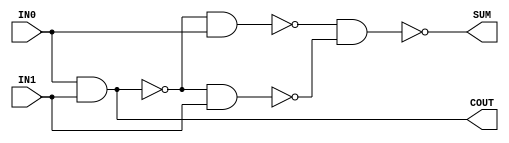
module HALF_ADDER(COUT,SUM,IN0,IN1);
	input IN0,IN1;
	output COUT,SUM;
	wire t1,t2,t3;
	nand(t1,IN0,IN1);
	nand(t2,t1,IN0);
	nand(t3,t1,IN1);
	nand(SUM,t2,t3);
	nand(COUT,t1,t1);
endmodule 

module TESTBENCH_HALF_ADDER;
	wire sum;
	wire carry;
	reg  s0,s1;
	HALF_ADDER half_adder_1(carry,sum,s0,s1);
	
	initial
		begin
		#10 s0=1'b0;s1=1'b0;
		#10 s0=1'b0;s1=1'b1;
		#10 s0=1'b1;s1=1'b0;	
		#10 s0=1'b1;s1=1'b1;
		#100$finish;
		end
endmodule